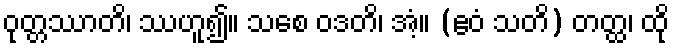
ဝုတ္တဿာတိ၊ ဿဟူ၍။ သစေ ဝဒတိ၊ အံ့။ (ဧဝံ သတိ) တတ္ထ၊ ထို